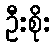
ဦးစိုး